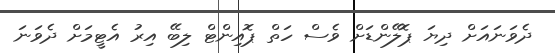
ދެވަނައަށް ދިޔަ ޕޮލޭންޑަށް ވެސް ހަތް ޕޮއިންޓް ލިބޭ އިރު އެޓީމަށް ދެވަނަ